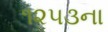
૧૨૫૩ના